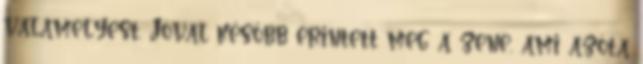
valamelyest. Jóval később érintett meg a zene, ami azóta